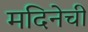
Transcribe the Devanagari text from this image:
मदिनेची